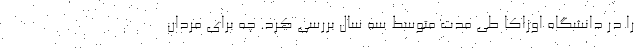
را در دانشگاه اوزاکا طی مدت متوسط سه سال بررسی کرد. چه برای مردان